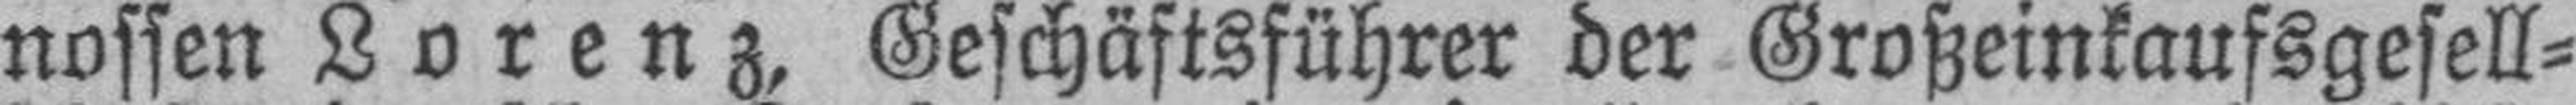
nossen Lorenz, Geschäftsführer der Großeinkaufsgesell¬